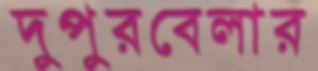
দুপুরবেলার